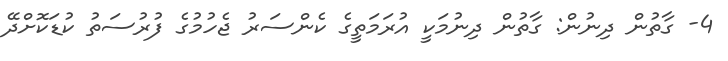
4- ގާތުން ދިނުން: ގާތުން ދިނުމަކީ އުރަމަތީގެ ކެންސަރު ޖެހުމުގެ ފުރުސަތު ކުޑަކޮށްދޭ